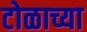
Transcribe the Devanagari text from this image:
टोळाच्या